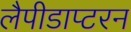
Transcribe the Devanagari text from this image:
लैपीडाप्टरन